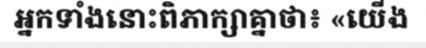
អ្នកទាំងនោះពិភាក្សាគ្នាថា៖ «យើង